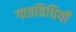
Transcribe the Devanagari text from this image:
गातविधियों